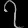
Digit: ၇